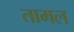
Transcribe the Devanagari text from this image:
तामल